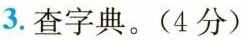
3.查字典。(4分)